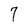
Character: 7